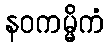
နဝကမ္မိကံ